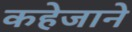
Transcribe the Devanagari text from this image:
कहेजाने